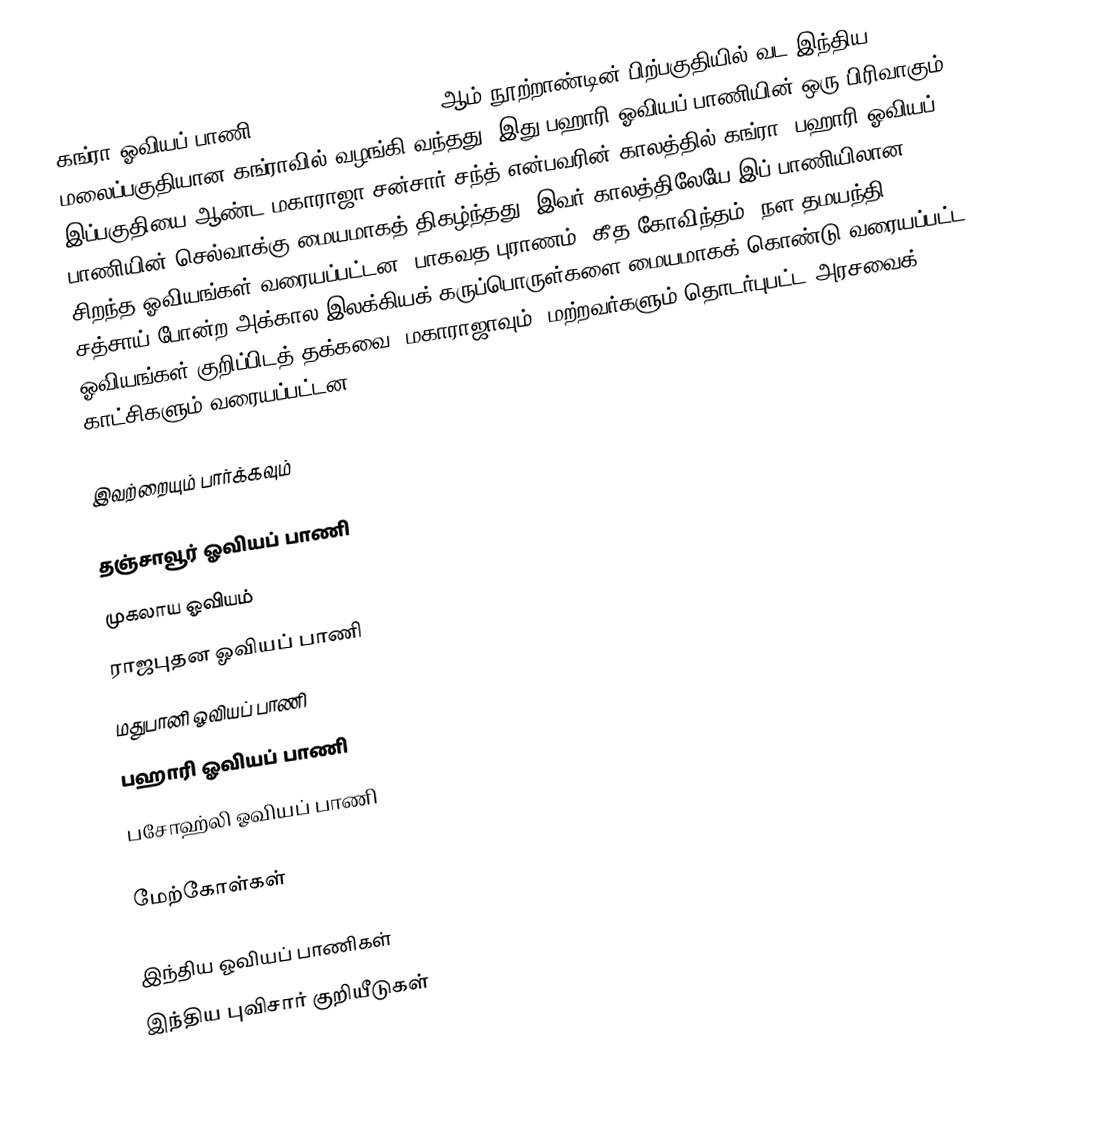
கங்ரா ஓவியப் பாணி (Kangra painting), 18 ஆம் நூற்றாண்டின் பிற்பகுதியில் வட இந்திய மலைப்பகுதியான கங்ராவில் வழங்கி வந்தது. இது பஹாரி ஓவியப் பாணியின் ஒரு பிரிவாகும்.  இப்பகுதியை ஆண்ட மகாராஜா சன்சார் சந்த் என்பவரின் காலத்தில் கங்ரா, பஹாரி ஓவியப் பாணியின் செல்வாக்கு மையமாகத் திகழ்ந்தது. இவர் காலத்திலேயே இப் பாணியிலான சிறந்த ஓவியங்கள் வரையப்பட்டன. பாகவத புராணம், கீத கோவிந்தம், நள தமயந்தி, சத்சாய் போன்ற அக்கால இலக்கியக் கருப்பொருள்களை மையமாகக் கொண்டு வரையப்பட்ட ஓவியங்கள் குறிப்பிடத் தக்கவை. மகாராஜாவும், மற்றவர்களும் தொடர்புபட்ட அரசவைக் காட்சிகளும் வரையப்பட்டன.

இவற்றையும் பார்க்கவும்

 தஞ்சாவூர் ஓவியப் பாணி
 முகலாய ஓவியம்
 ராஜபுதன ஓவியப் பாணி
 மதுபானி ஓவியப் பாணி
 பஹாரி ஓவியப் பாணி
பசோஹ்லி ஓவியப் பாணி

மேற்கோள்கள்

இந்திய ஓவியப் பாணிகள்
இந்திய புவிசார் குறியீடுகள்